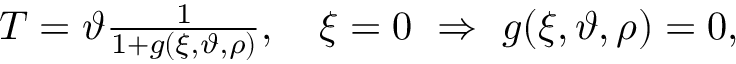
\begin{array} { r } { T = \vartheta \frac { 1 } { 1 + g ( \xi , \vartheta , \rho ) } , \quad \xi = 0 \ \Rightarrow \ g ( \xi , \vartheta , \rho ) = 0 , } \end{array}